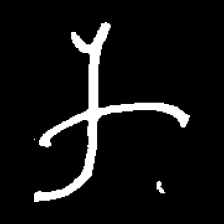
Pyu character \u2014 Myanmar letter: က (romanized: ka)